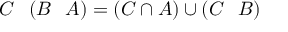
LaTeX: C \setminus ( B \setminus A ) = ( C \cap A ) \cup ( C \setminus B )